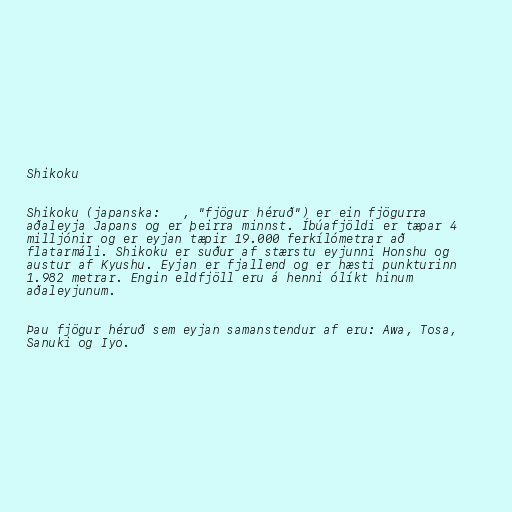
Shikoku

Shikoku (japanska: 四国, "fjögur héruð") er ein fjögurra
aðaleyja Japans og er þeirra minnst. Íbúafjöldi er tæpar 4
milljónir og er eyjan tæpir 19.000 ferkílómetrar að
flatarmáli. Shikoku er suður af stærstu eyjunni Honshu og
austur af Kyushu. Eyjan er fjallend og er hæsti punkturinn
1.982 metrar. Engin eldfjöll eru á henni ólíkt hinum
aðaleyjunum.

Þau fjögur héruð sem eyjan samanstendur af eru: Awa, Tosa,
Sanuki og Iyo.